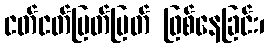
ငတ်ငတ်ပြတ်ပြတ် ဖြစ်နေခြင်း၊